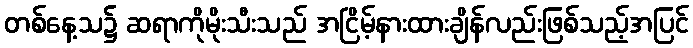
တစ်နေ့သ၌ ဆရာကိုမိုးသီးသည် အငြိမ့်နားထားချိန်လည်းဖြစ်သည့်အပြင်